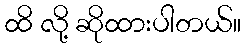
ထိ လို့ ဆိုထားပါတယ်။